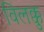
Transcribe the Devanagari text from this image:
विलक्कु